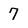
Character: 7